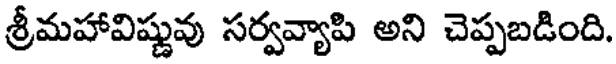
శ్రీమహావిష్ణువు సర్వవ్యాపి అని చెప్పబడింది.